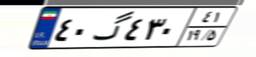
۴۰گ۴۳۰۴۱